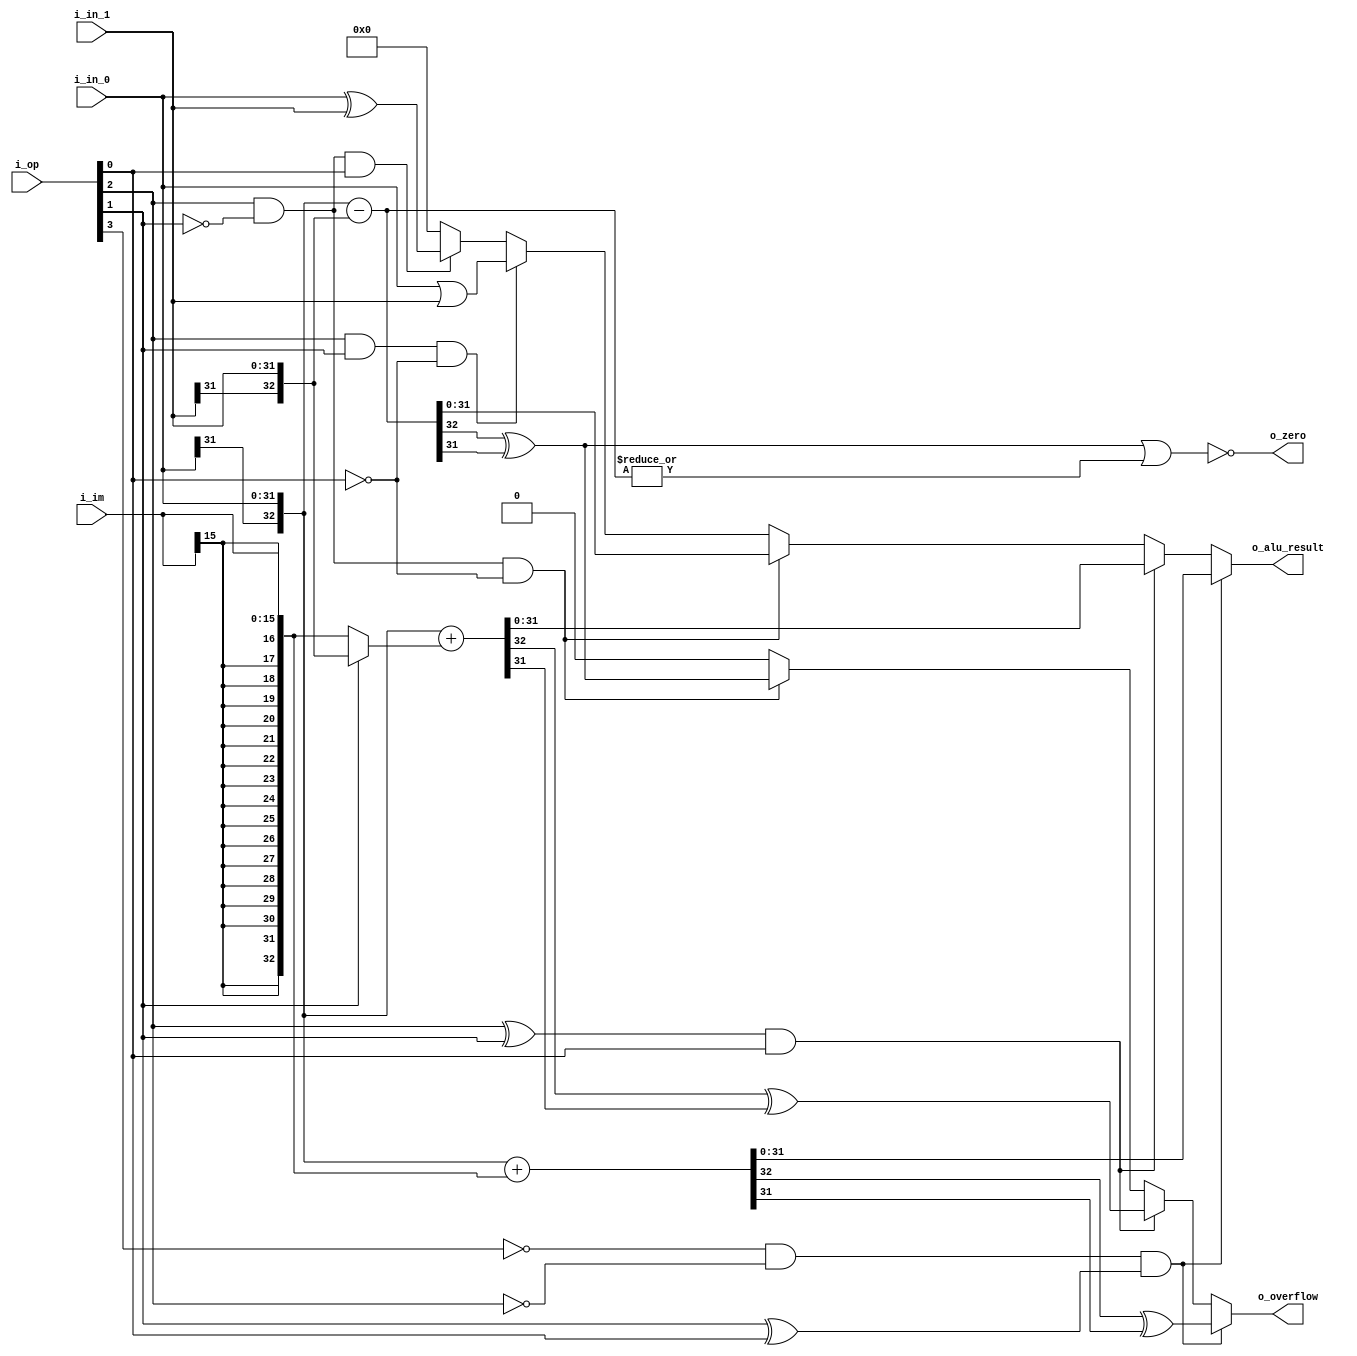
module Alu #(
    parameter   DATA_W = 32,
    parameter   OP_W = 6,
    parameter   IM_W = 16
)(
	input   [OP_W-1     : 0]    i_op,
    input   [DATA_W-1   : 0]    i_in_0,
    input   [DATA_W-1   : 0]    i_in_1,
    input   [IM_W-1     : 0]    i_im,
    output  [DATA_W-1   : 0]    o_alu_result,
    output                      o_zero,
    output                      o_overflow
);

// LW   000001
// SW   000010
// ADD  000011
// SUB  000100
// ADDI 000101
// OR   000110
// XOR  000111
// BEQ  001000
// BNE  001001
// EOF  001010

reg     [DATA_W-1   :   0]  alu_result;
reg                         overflow;

wire    [DATA_W     : 0]    mem_addr;
wire                        mem_addr_of;
wire    [DATA_W     : 0]    add_i0, add_i1;
wire    [DATA_W     : 0]    add_result;
wire                        add_result_of;
wire    [DATA_W     : 0]    sub_result;
wire                        sub_result_of;
wire    [DATA_W-1   : 0]    or_result;
wire    [DATA_W-1   : 0]    xor_result;


assign  mem_addr        = {i_in_0[DATA_W-1], i_in_0} + {{(DATA_W-IM_W+1){i_im[IM_W-1]}}, i_im};
assign  mem_addr_of     = mem_addr[DATA_W] ^ mem_addr[DATA_W-1];

assign  add_i0          = {i_in_0[DATA_W-1], i_in_0};
assign  add_i1          = i_op[1]? {i_in_1[DATA_W-1], i_in_1}: {{(DATA_W-IM_W+1){i_im[IM_W-1]}}, i_im};
assign  add_result      = add_i0 + add_i1;
assign  add_result_of   = add_result[DATA_W] ^ add_result[DATA_W-1];

assign  sub_result      = {i_in_0[DATA_W-1], i_in_0} - {i_in_1[DATA_W-1], i_in_1};
assign  sub_result_of   = sub_result[DATA_W] ^ sub_result[DATA_W-1];

assign  or_result       = i_in_0 | i_in_1;

assign  xor_result      = i_in_0 ^ i_in_1;

assign  o_zero          = ~( sub_result_of | (|sub_result) );
assign  o_alu_result    = alu_result;
assign  o_overflow      = overflow;


always@(*) begin
    alu_result = {DATA_W{1'b0}};
    overflow = 1'b0;

    if(~i_op[3] & ~i_op[2] & (i_op[1] ^ i_op[0])) begin
        // LW, SW
        alu_result = mem_addr;
        overflow = mem_addr_of;
    end
    else if((i_op[2] ^ i_op[1]) & i_op[0]) begin
        // ADD, ADDI
        alu_result = add_result;
        overflow = add_result_of;
    end
    else if(i_op[2] & ~i_op[1] & ~i_op[0]) begin
        // SUB
        alu_result = sub_result;
        overflow = sub_result_of;
    end
    else if(i_op[2] & i_op[1] & ~i_op[0]) begin
        // OR
        alu_result = or_result;
    end
    else if(i_op[2] & ~i_op[1] & i_op[0]) begin
        // XOR
        alu_result = xor_result;
    end
end

endmodule